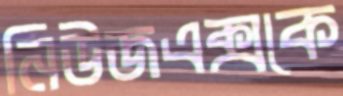
নিউজএক্সকে